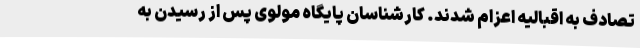
تصادف به اقبالیه اعزام شدند. کارشناسان پایگاه مولوی پس از رسیدن به